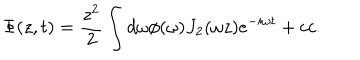
\Phi ( z , t ) = { \frac { z ^ { 2 } } { 2 } } \int { d \omega \phi ( \omega ) J _ { 2 } ( \omega z ) e ^ { - i \omega t } } + c c .